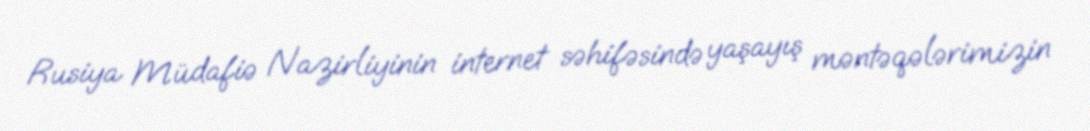
Rusiya Müdafiə Nazirliyinin internet səhifəsində yaşayış məntəqələrimizin